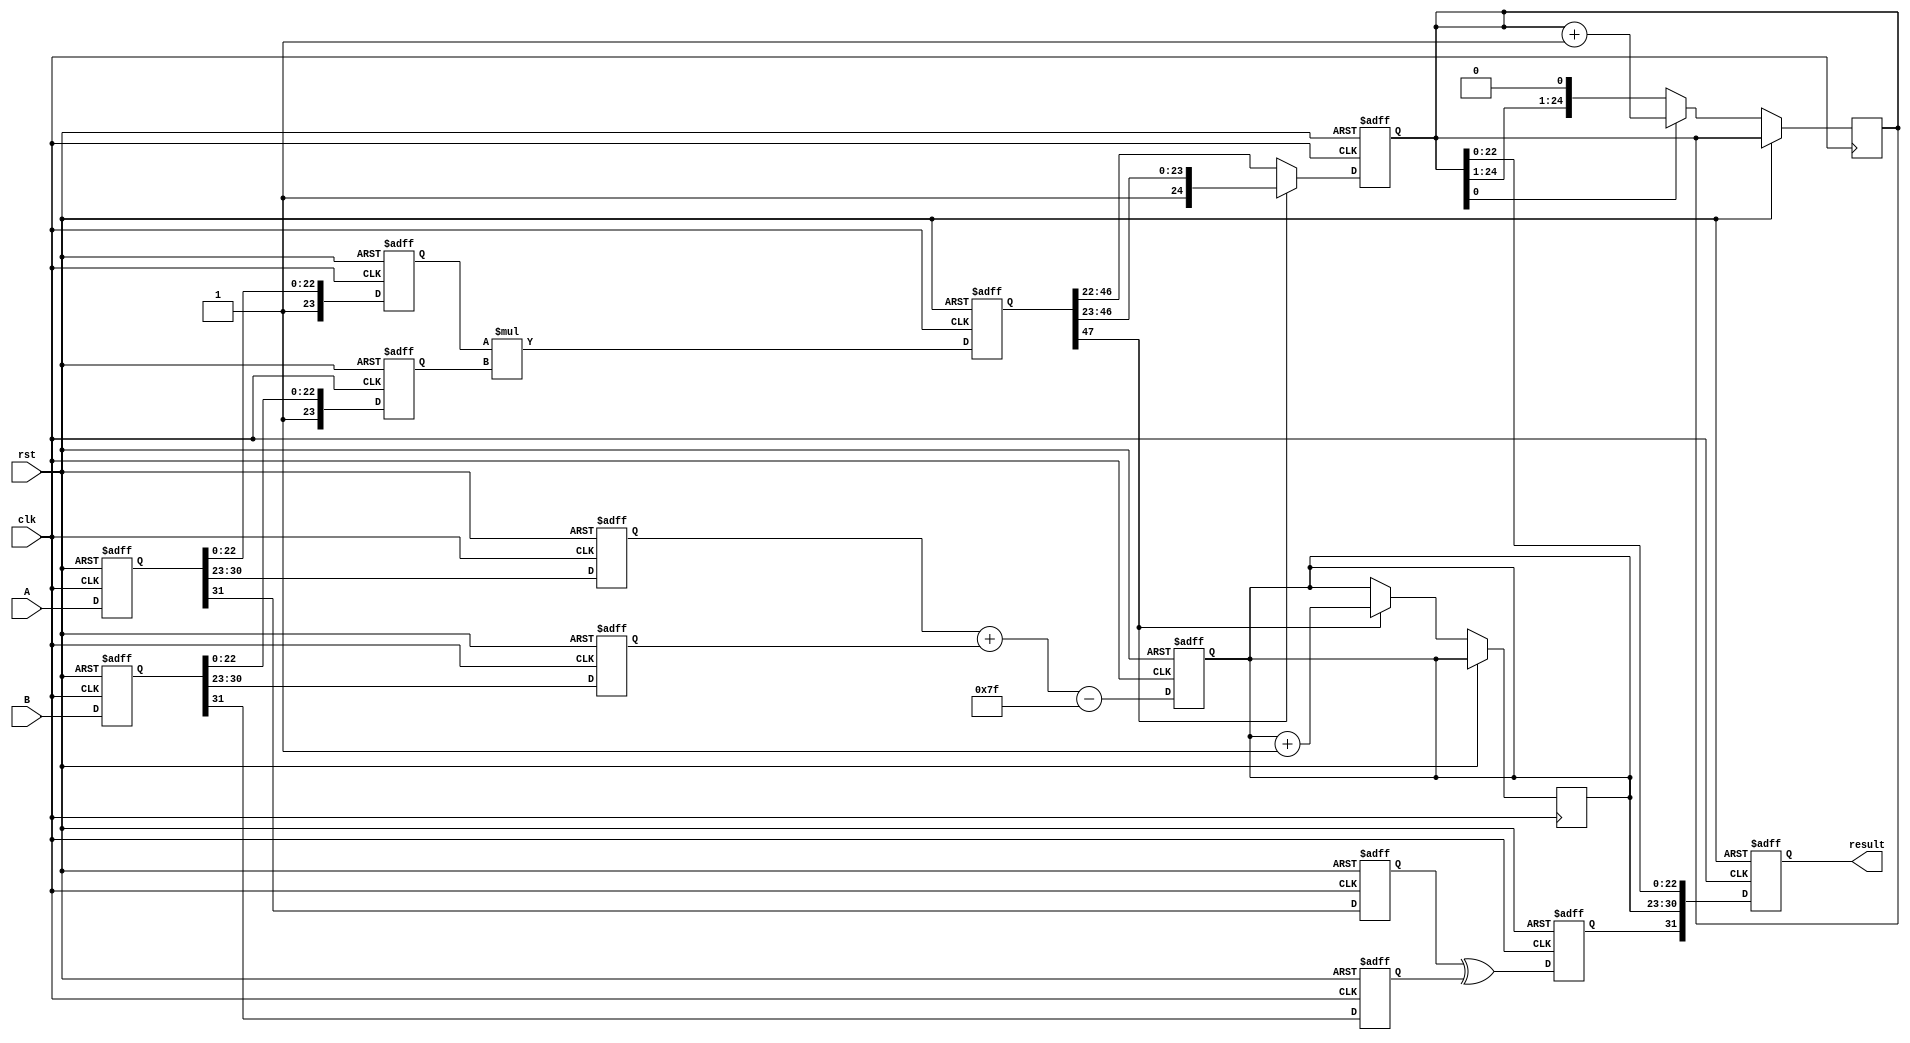
module pipelined_fp_multiplier (
    input clk,
    input rst,
    input [31:0] A, // First floating-point number
    input [31:0] B, // Second floating-point number
    output reg [31:0] result // Resulting floating-point product
);

// Pipeline registers
reg [31:0] A_reg, B_reg;
reg sign_a, sign_b, sign_result;
reg [7:0] exp_a, exp_b, exp_result;
reg [23:0] mant_a, mant_b, mant_result;
reg [47:0] mant_mult; // Intermediate product of mantissas
reg [24:0] mant_norm; // Normalized mantissa
reg [7:0] exp_temp;

// Constants
parameter BIAS = 8'd127;

// Decomposition stage
always @(posedge clk or posedge rst) begin
    if (rst) begin
        A_reg <= 32'b0;
        B_reg <= 32'b0;
    end else begin
        A_reg <= A;
        B_reg <= B;
    end
end

// Sign calculation stage
always @(posedge clk or posedge rst) begin
    if (rst) begin
        sign_a <= 1'b0;
        sign_b <= 1'b0;
    end else begin
        sign_a <= A_reg[31];
        sign_b <= B_reg[31];
    end
end

// Exponent calculation stage
always @(posedge clk or posedge rst) begin
    if (rst) begin
        exp_a <= 8'b0;
        exp_b <= 8'b0;
    end else begin
        exp_a <= A_reg[30:23];
        exp_b <= B_reg[30:23];
    end
end

// Mantissa extraction stage
always @(posedge clk or posedge rst) begin
    if (rst) begin
        mant_a <= 23'b0;
        mant_b <= 23'b0;
    end else begin
        mant_a <= {1'b1, A_reg[22:0]}; // Implicit leading 1
        mant_b <= {1'b1, B_reg[22:0]}; // Implicit leading 1
    end
end

// Mantissa multiplication stage
always @(posedge clk or posedge rst) begin
    if (rst) begin
        mant_mult <= 48'b0;
    end else begin
        mant_mult <= mant_a * mant_b; // Mantissa multiplication
    end
end

// Exponent addition stage
always @(posedge clk or posedge rst) begin
    if (rst) begin
        exp_temp <= 8'b0;
    end else begin
        exp_temp <= exp_a + exp_b - BIAS; // Exponent addition
    end
end

// Normalization stage
always @(posedge clk or posedge rst) begin
    if (rst) begin
        mant_norm <= 25'b0;
    end else begin
        if (mant_mult[47] == 1'b1) begin
            mant_norm <= mant_mult[47:23]; // Normalized
            exp_temp <= exp_temp + 1; // Adjust exponent
        end else begin
            mant_norm <= mant_mult[46:22]; // Right shift
        end
    end
end

// Sign calculation for final result
always @(posedge clk or posedge rst) begin
    if (rst) begin
        sign_result <= 1'b0;
    end else begin
        sign_result <= sign_a ^ sign_b; // XOR for sign
    end
end

// Rounding stage (simple rounding logic)
always @(posedge clk or posedge rst) begin
    if (rst) begin
        result <= 32'b0;
    end else begin
        // Simple rounding logic (not fully implemented)
        if (mant_norm[0]) begin // Check LSB for rounding
            mant_norm <= mant_norm + 1;
        end
        
        // Final assembly
        result <= {sign_result, exp_temp, mant_norm[22:0]}; // Assemble final result
    end
end

endmodule